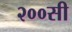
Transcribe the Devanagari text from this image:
२००सी